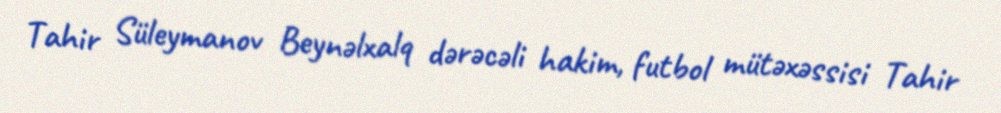
Tahir Süleymanov Beynəlxalq dərəcəli hakim, futbol mütəxəssisi Tahir